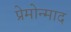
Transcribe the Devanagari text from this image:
प्रेमोन्माद